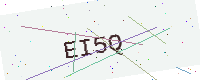
Text: EI5Q